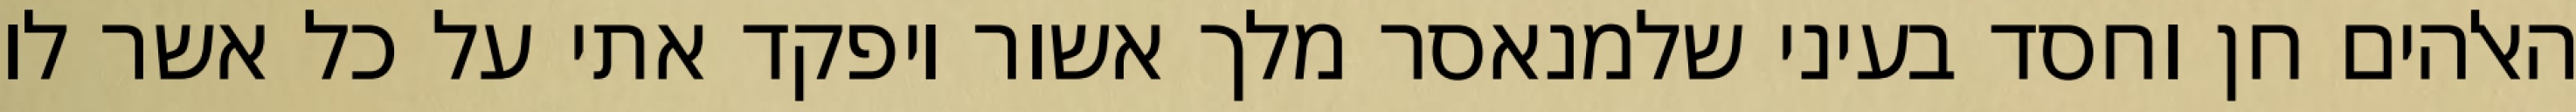
האלהים חן וחסד בעיני שלמנאסר מלך אשור ויפקד אתי על כל אשר לו